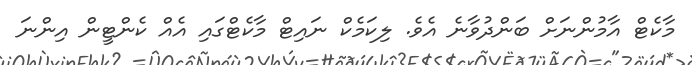
މާކެޓް އާމުންނަށް ބަންދުވާނެ އެވެ. ލިކަމެކް ނައިޓް މާކެޓްގައި އެއް ކެންޓީން އިންނަ